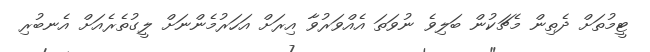
ޓީމުތަށް ދެތިން މެޗަކުން ބަލިވެ ނުވަތަ އެއްވަރުވާ އިރަށް އަހަރުމެންނަށް ލީގުތެރެއަށް އެނބުރި